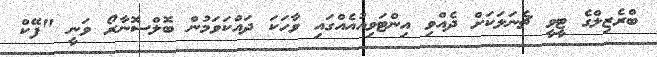
ބްރެޒިލްގެ ޓީވީ ޗެނަލަކަށް ދެއްވި އިންޓަވިއުއެއްގައި ވާހަކަ ދައްކަވަމުން ބޮލްސޮނާރޯ ވަނީ "ފޭކް